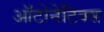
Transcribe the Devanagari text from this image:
ऑटोनेटिक्स